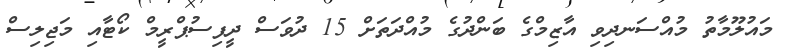
މައުލޫމާތު މުއްސަނދިވި އާޒިމްގެ ބަންދުގެ މުއްދަތަށް 15 ދުވަސް ދީފިސުޕްރީމް ކޯޓާއި މަޖިލިސް